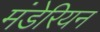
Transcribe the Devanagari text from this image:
मंडेरियन